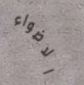
الاضواء